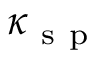
\kappa _ { \mathrm { ~ s ~ p ~ } }